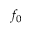
f _ { 0 }